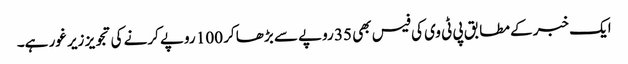
ایک خبر کے مطابق پی ٹی وی کی فیس بھی 35 روپے سے بڑھا کر 100 روپے کرنے کی تجویز زیر غور ہے۔